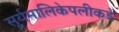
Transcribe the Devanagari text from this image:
सूर्यमालिकेपलीकडे